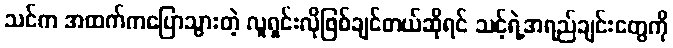
သင်က အထက်ကပြောသွားတဲ့ လူရှင်းလိုဖြစ်ချင်တယ်ဆိုရင် သင့်ရဲ့အရည်ချင်းတွေကို